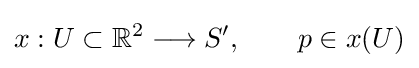
x:U\subset \mathbb {R} ^{2}\longrightarrow S',\qquad p\in x(U)